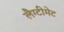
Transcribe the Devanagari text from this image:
लैग्टीमेट